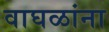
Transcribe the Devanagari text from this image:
वाघळांना